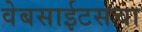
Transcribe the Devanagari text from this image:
वेबसाईटसचा